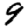
Digit: 9